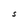
Character: S